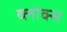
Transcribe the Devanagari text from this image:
ब्लोक्स